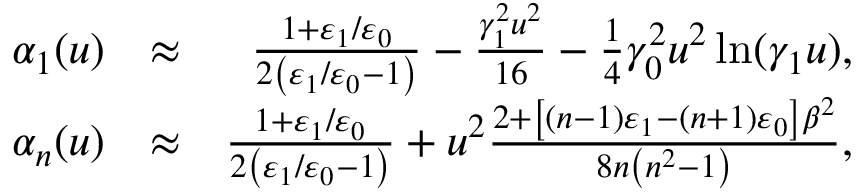
\begin{array} { r l r } { \alpha _ { 1 } ( u ) } & { \approx } & { \frac { 1 + \varepsilon _ { 1 } / \varepsilon _ { 0 } } { 2 \left( \varepsilon _ { 1 } / \varepsilon _ { 0 } - 1 \right) } - \frac { \gamma _ { 1 } ^ { 2 } u ^ { 2 } } { 1 6 } - \frac { 1 } { 4 } \gamma _ { 0 } ^ { 2 } u ^ { 2 } \ln ( \gamma _ { 1 } u ) , } \\ { \alpha _ { n } ( u ) } & { \approx } & { \frac { 1 + \varepsilon _ { 1 } / \varepsilon _ { 0 } } { 2 \left( \varepsilon _ { 1 } / \varepsilon _ { 0 } - 1 \right) } + u ^ { 2 } \frac { 2 + \left[ \left( n - 1 \right) \varepsilon _ { 1 } - \left( n + 1 \right) \varepsilon _ { 0 } \right] \beta ^ { 2 } } { 8 n \left( n ^ { 2 } - 1 \right) } , } \end{array}